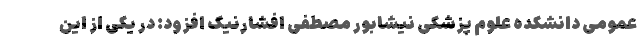
عمومی دانشکده علوم پزشکی نیشابور مصطفی افشارنیک افزود: در یکی از این